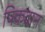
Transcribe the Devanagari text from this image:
पिकदान